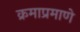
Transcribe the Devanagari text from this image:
क्रमाप्रमाणे